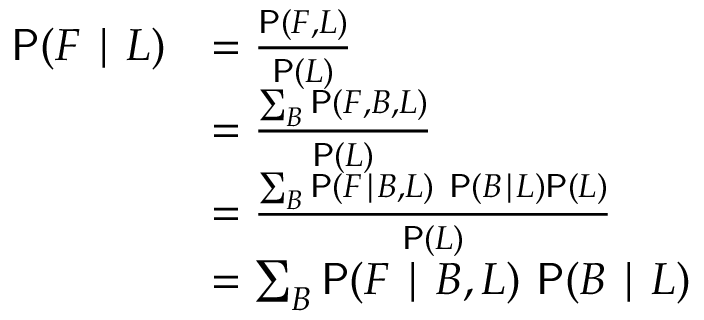
\begin{array} { r l } { \mathsf P ( F \mid L ) } & { = \frac { \mathsf P ( F , L ) } { \mathsf P ( L ) } } \\ & { = \frac { \sum _ { B } \mathsf P ( F , B , L ) } { \mathsf P ( L ) } } \\ & { = \frac { \sum _ { B } \mathsf P ( F \mid B , L ) ~ \mathsf P ( B \mid L ) \mathsf P ( L ) } { \mathsf P ( L ) } } \\ & { = \sum _ { B } \mathsf P ( F \mid B , L ) ~ \mathsf P ( B \mid L ) } \end{array}